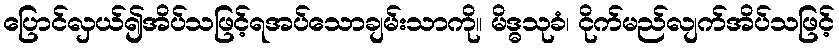
ပြောင်လှယ်၍အိပ်သဖြင့်ရအပ်သောချမ်းသာကို။ မိဒ္ဓသုခံ၊ ငိုက်မည်လျက်အိပ်သဖြင့်